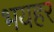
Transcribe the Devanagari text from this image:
भयहर